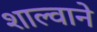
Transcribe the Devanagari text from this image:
शाल्वाने